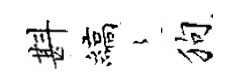
斟縞𡻕狗